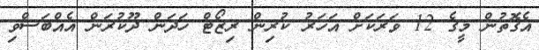
އެގޮތުން މީގެ 12 ވަރަކަށް އަހަރު ކުރިން ރިޒޯޓް ހަދަން ދޫކުރަން އެއްބަސްވި